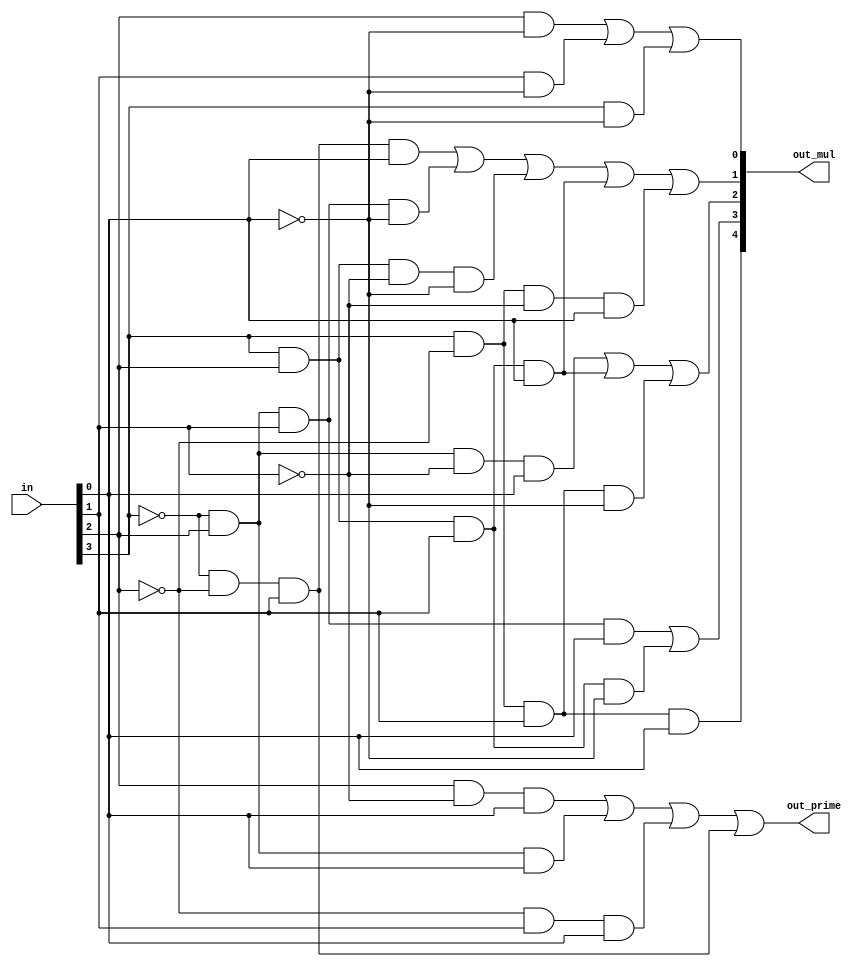
/* CSED273 lab3 experiment 2 */
/* lab3_2.v */


/* Implement Prime Number Indicator & Multiplier Indicator
 * You may use keword "assign" and operator "&","|","~",
 * or just implement with gate-level-modeling (and, or, not) */
 
/* 11: out_mul[4], 7: out_mul[3], 5: out_mul[2],
 * 3: out_mul[1], 1: out_mul[0] */
module lab3_2(
    input wire [3:0] in,
    output wire out_prime,
    output wire [4:0] out_mul
    );

    ////////////////////////
assign out_prime = (in[2]&~in[1]&in[0]) | (~in[3]&in[2]&in[0]) | (~in[2]&in[1]&in[0]) | (~in[3]&~in[2]&in[1]);
assign out_mul[0] = (in[2]&~in[0]) | (in[1]&~in[0]) | (in[3]&~in[0]);
assign out_mul[1] = (~in[3]&~in[2]&in[1]&in[0]) | (~in[3]&in[2]&in[1]&~in[0]) | (in[3]&in[2]&~in[1]&~in[0]) | (in[3]&in[2]&in[1]&in[0]) | (in[3]&~in[2]&~in[1]&in[0]);
assign out_mul[2] = (~in[3]&in[2]&~in[1]&in[0]) | (in[3]&in[2]&in[1]&in[0]) | (in[3]&~in[2]&in[1]&~in[0]);
assign out_mul[3] = (~in[3]&in[2]&in[1]&in[0]) | (in[3]&in[2]&in[1]&~in[0]);
assign out_mul[4] = (in[3]&~in[2]&in[1]&in[0]);
    ////////////////////////

endmodule